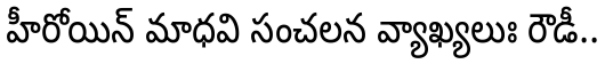
హీరోయిన్ మాధవి సంచలన వ్యాఖ్యలుః రౌడీ..